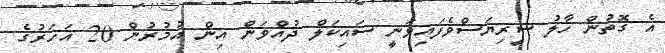
އެ ގޮތުން ހާލު ސީިރިޔަސްވެފައިވަނީ ސައިކަލް ދުއްވަން އިން އުމުރުން 20 އަހަރުގެ